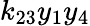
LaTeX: k_{23}y_{1}y_{4}